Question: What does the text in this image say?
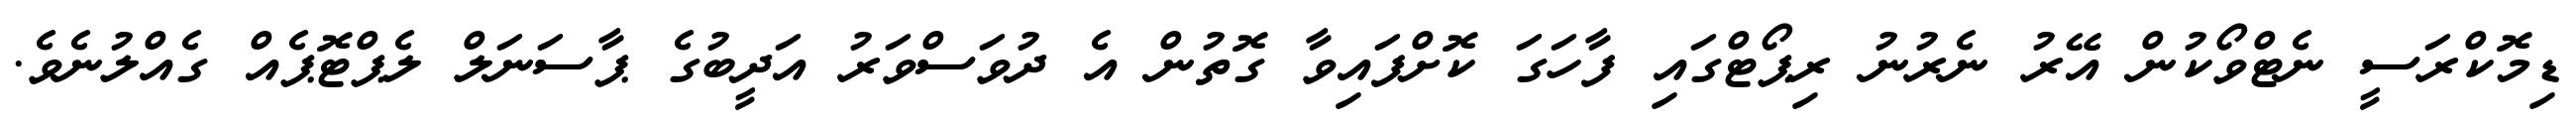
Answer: ޑިމޮކްރަސީ ނެޓްވޯކުން އޭރު ނެރުނު ރިޕޯޓްގައި ފާހަގަ ކޮށްފައިވާ ގޮތުން އެ ދުވަސްވަރު އަދީބުގެ ޕާސަނަލް ލެޕްޓޮޕެއް ގެއްލުނެވެ.